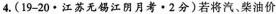
4.(19-20·江苏无锡江阴月考·2分)若将汽、柴油价